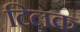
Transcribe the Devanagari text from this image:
टिलक